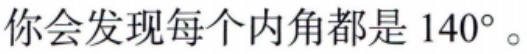
你会发现每个内角都是 \(140^{\circ}\)。